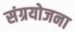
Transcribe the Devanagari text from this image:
संग्रयोजना